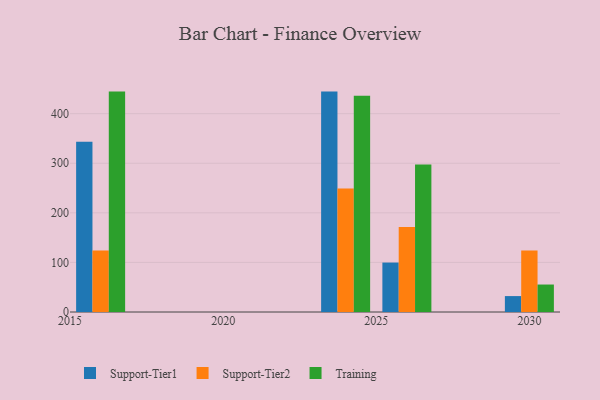
{"axis": {"x": "Year", "y": "Satisfaction Score"}, "legend": ["Support-Tier1", "Support-Tier2", "Training"], "data": [{"x": "2030", "y": 32.1, "type": "Support-Tier1"}, {"x": "2030", "y": 124.2, "type": "Support-Tier2"}, {"x": "2030", "y": 55.4, "type": "Training"}, {"x": "2026", "y": 99.7, "type": "Support-Tier1"}, {"x": "2026", "y": 171.5, "type": "Support-Tier2"}, {"x": "2026", "y": 297.6, "type": "Training"}, {"x": "2024", "y": 444.5, "type": "Support-Tier1"}, {"x": "2024", "y": 249.3, "type": "Support-Tier2"}, {"x": "2024", "y": 435.9, "type": "Training"}, {"x": "2016", "y": 343.6, "type": "Support-Tier1"}, {"x": "2016", "y": 123.9, "type": "Support-Tier2"}, {"x": "2016", "y": 444.5, "type": "Training"}]}